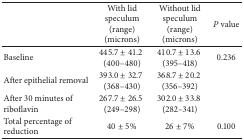
<table><thead><tr><td>[EMPTY_CELL]</td><td><b>With lid speculum(range) (microns)</b></td><td><b>Without lid speculum(range) (microns)</b></td><td><b><i>P</i> value</b></td></tr></thead><tbody><tr><td>Baseline</td><td>445.7 ± 41.2 (400–480)</td><td>410.7 ± 13.6 (395–418) </td><td>0.236</td></tr><tr><td>After epithelial removal</td><td>393.0 ± 32.7 (368–430)</td><td>368.7 ± 20.2 (356–392) </td><td>[EMPTY_CELL]</td></tr><tr><td>After 30 minutes of riboflavin</td><td>267.7 ± 26.5 (249–298)</td><td>302.0 ± 33.8 (282–341)</td><td>[EMPTY_CELL]</td></tr><tr><td>Total percentage of reduction</td><td>40 ± 5%</td><td>26 ± 7%</td><td>0.100</td></tr></tbody></table>